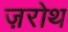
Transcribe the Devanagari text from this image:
ज़रोथ